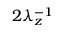
2 \lambda _ { z } ^ { - 1 }